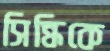
সিন্ধিকে